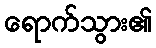
ရောက်သွား၏